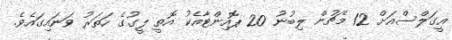
އީގަލްސްއަށް 12 މެޗުން ލިބުނު 20 ޕޮއިންޓާއެކު އޮތީ ލީގުގެ ހަތަރު ވަނައިގައެވެ.